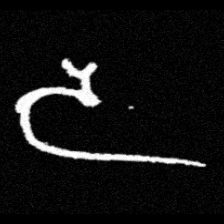
Pyu character \u2014 Myanmar letter: ဒ (romanized: da)